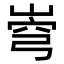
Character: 𡹗